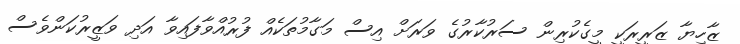
ޒާހިޔާ ޒަރީރަކީ މީގެކުރިން ސަރުކާރުގެ ވަރަށް އިސް މަގާމުތަކެއް ފުރުއްވާފައިވާ އަދި ވަޒީރުކަންވެސް